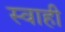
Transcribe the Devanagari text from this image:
स्वाही